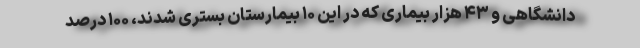
دانشگاهی و ۴۳ هزار بیماری که در این ۱۰ بیمارستان بستری شدند، ۱۰۰ درصد